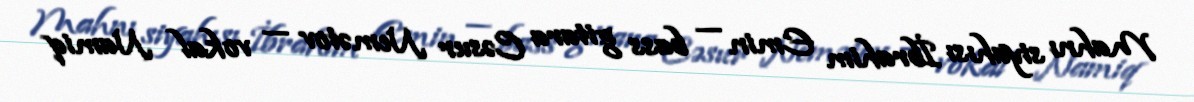
Mahnı siyahısı İbrahim Emin — bass gitara Cəsur Nemətov — vokal Namiq